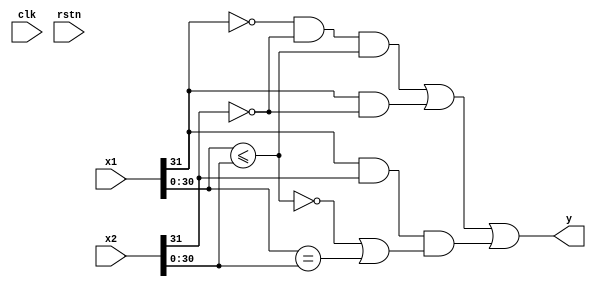
`default_nettype none
module fle (
    input wire [31:0] x1,
    input wire [31:0] x2,
    output wire y,
    input wire clk,
    input wire rstn);

wire s1 = x1[31];
wire [30:0] abs1 = x1[30:0];
wire s2 = x2[31];
wire [30:0] abs2 = x2[30:0];

wire absle, abseq;

assign absle = (abs1 <= abs2);
assign abseq = (abs1 == abs2);
assign y = (~s1 & ~s2 & absle) | (s1 & ~s2) | (s1 & s2 & (~absle | abseq));

endmodule
`default_nettype wire